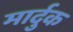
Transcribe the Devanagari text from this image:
मार्दुक